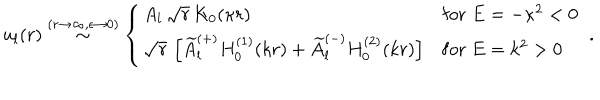
LaTeX: u _ { l } ( r ) \stackrel { ( r \rightarrow \infty , \epsilon \rightarrow 0 ) } { \sim } \left\{ \begin{array} { l l } { { A _ { l } \, \sqrt { r } \, K _ { 0 } ( \kappa r ) } } & { { \mathrm { f o r } \; E = - \kappa ^ { 2 } < 0 } } \\ { { \sqrt { r } \, \left[ \widetilde { A } _ { l } ^ { ( + ) } H _ { 0 } ^ { ( 1 ) } ( k r ) + \widetilde { A } _ { l } ^ { ( - ) } H _ { 0 } ^ { ( 2 ) } ( k r ) \right] } } & { { \mathrm { f o r } \; E = k ^ { 2 } > 0 } } \\ \end{array} \right. \; .